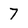
Character: 7